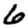
Digit: 6